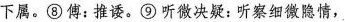
下属。⑧傅：推诿。⑨听微决疑：听察细微隐情，